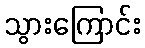
သွားကြောင်း